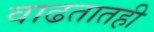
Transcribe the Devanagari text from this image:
वाढतातही